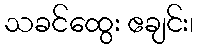
သခင်ထွေး ဧချင်း၊